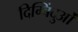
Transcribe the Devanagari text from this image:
दिग्बिंदुओं